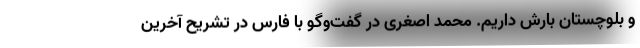
و بلوچستان بارش داریم. محمد اصغری در گفت‌وگو با فارس در تشریح آخرین